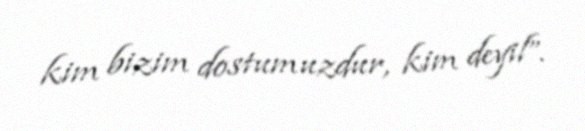
kim bizim dostumuzdur, kim deyil”.